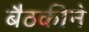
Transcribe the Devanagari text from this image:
बैठकीने